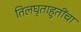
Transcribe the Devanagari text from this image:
तिलघृताहुतींचा